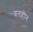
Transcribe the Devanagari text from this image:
बलहींन